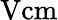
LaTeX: \mathrm{Vcm}